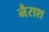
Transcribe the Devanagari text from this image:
नैराश